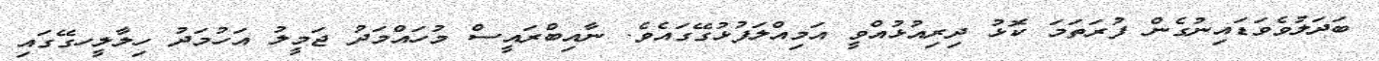
ބަދަލުވެވަޑައިނުގެން ފުރަތަމަ ކޮޅު ދިރިއުޅުއްވީ އަމިއްލަފުޅުގޭގައެވެ. ނާއިބްރައީސް މުހައްމަދު ޖަމީލު އަހުމަދު ހިލާލީހގޭގައި